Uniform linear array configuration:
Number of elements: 8
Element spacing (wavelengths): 0.25
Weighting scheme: cosine
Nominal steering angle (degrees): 45
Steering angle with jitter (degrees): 43.455
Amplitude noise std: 0.05
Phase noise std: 0.05

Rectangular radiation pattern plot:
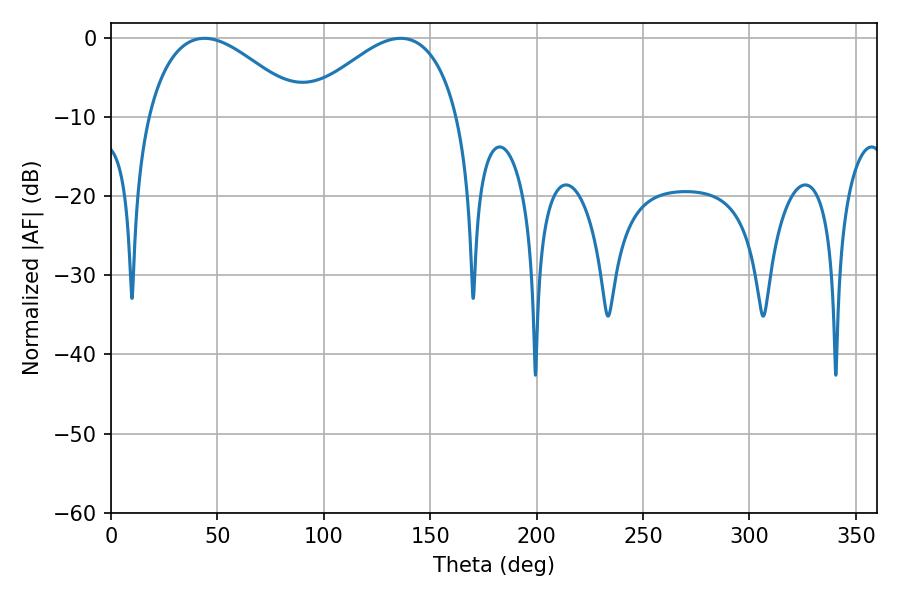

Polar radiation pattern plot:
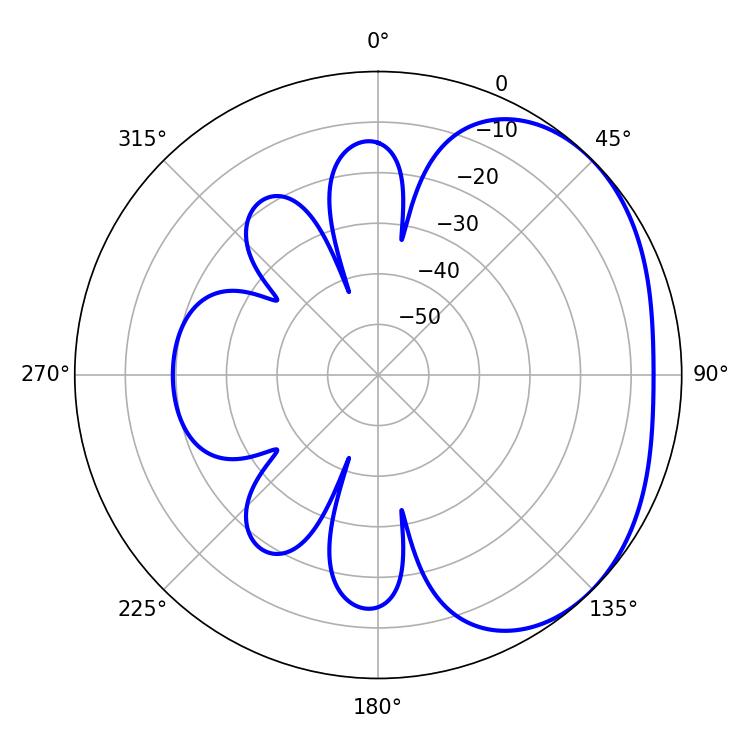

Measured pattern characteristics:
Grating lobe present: FALSE
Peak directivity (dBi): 2.606
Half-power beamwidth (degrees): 40.14
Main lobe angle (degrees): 136.08